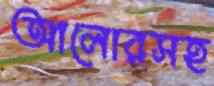
আলোরসহ